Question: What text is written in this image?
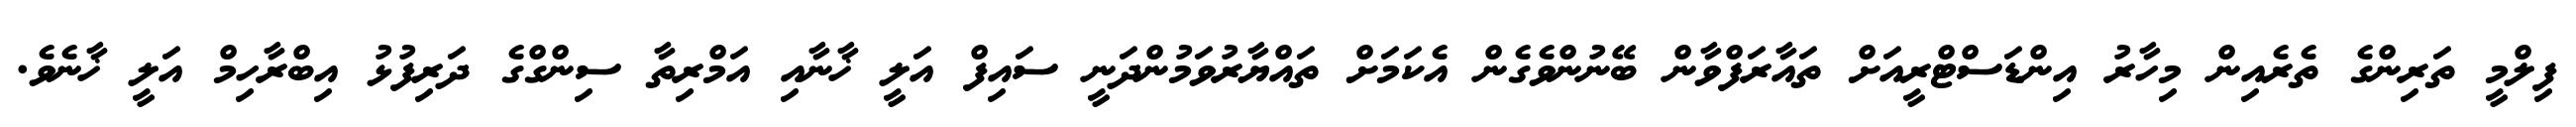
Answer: ފިލްމީ ތަރިންގެ ތެރެއިން މިހާރު އިންޑަސްޓްރީއަށް ތައާރަފްވާން ބޭނުންވެގެން އެކަމަށް ތައްޔާރުވަމުންދަނީ ސައިފް އަލީ ޚާނާއި އަމްރިތާ ސިންގްގެ ދަރިފުޅު އިބްރާހިމް އަލީ ޚާނެވެ.